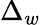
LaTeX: \Delta_{w}